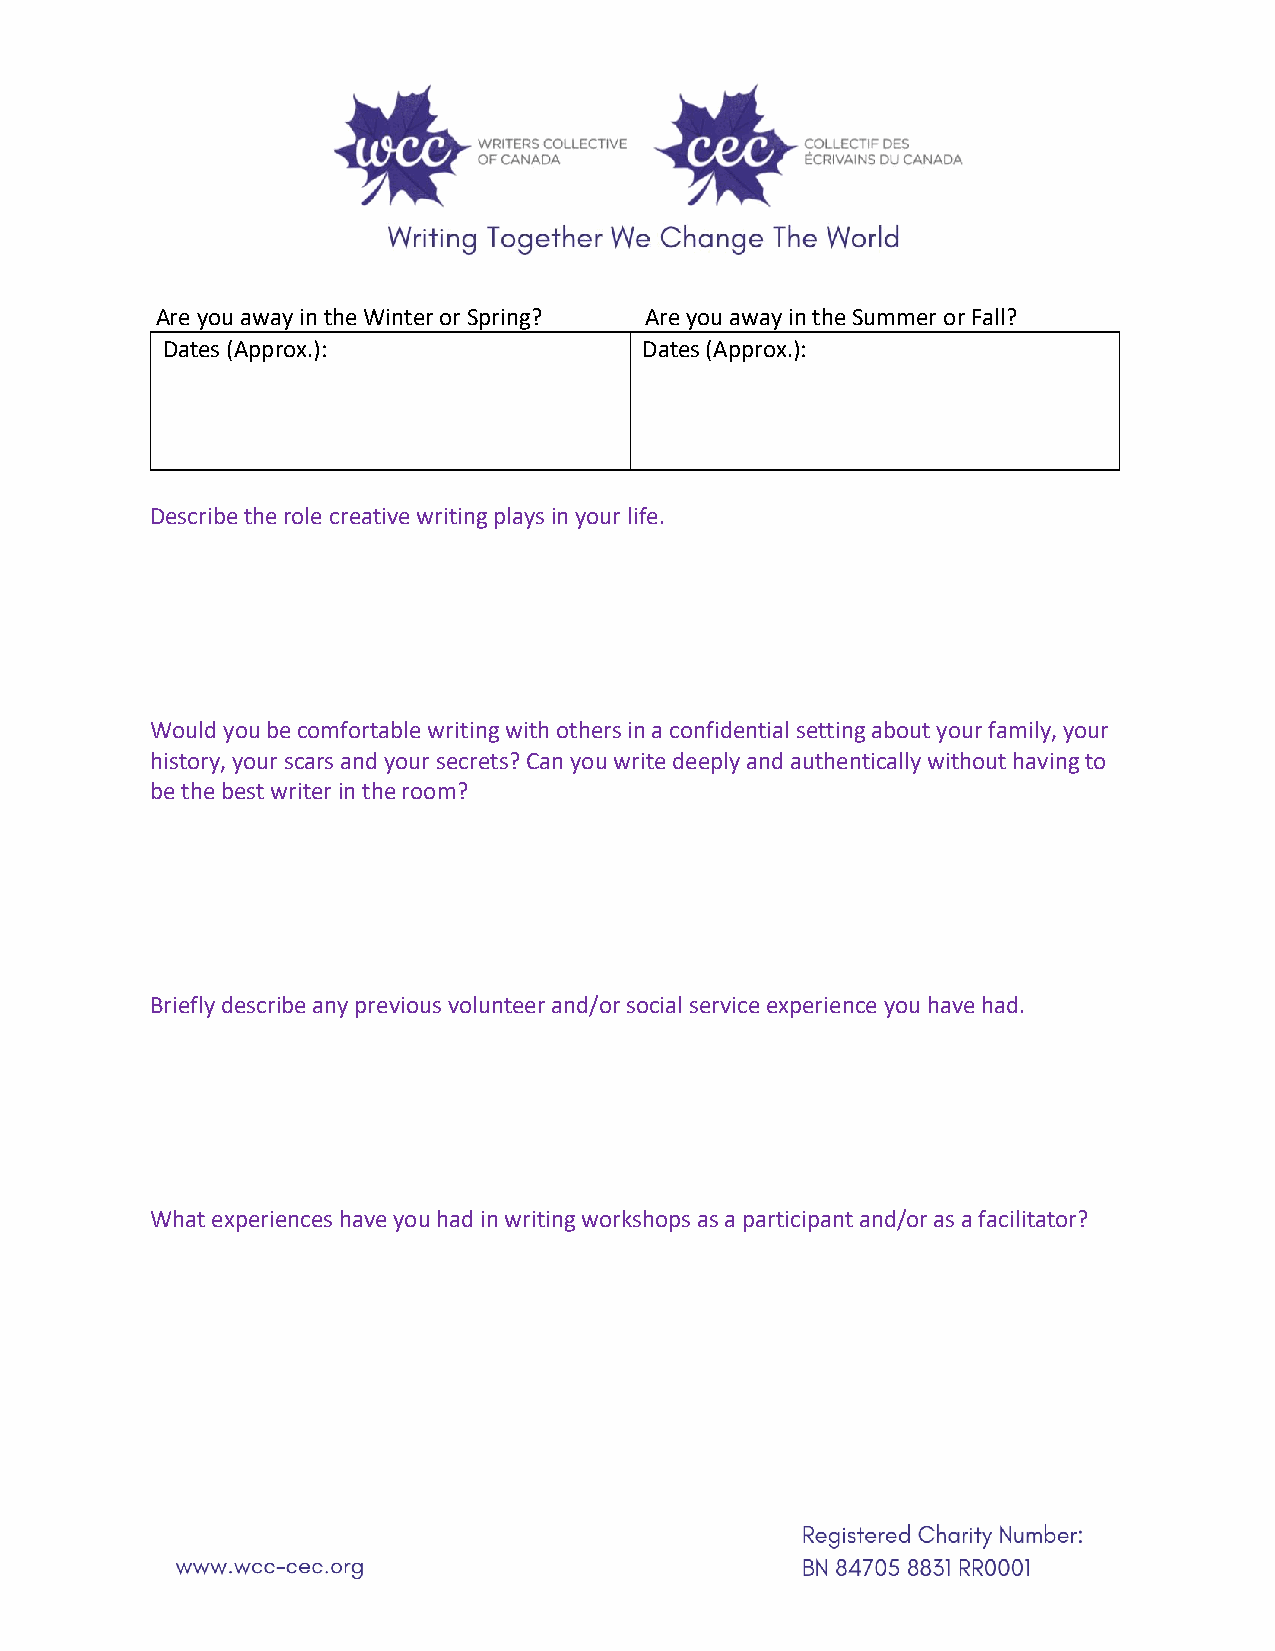
Are you away in the Winter or Spring? Are you away in the Summer or Fall?
 Dates (Approx.):                Dates (Approx.):
 Describe the role creative writing plays in your life.
 Would you be comfortable writing with others in a confidential setting about your family, your
 history, your scars and your secrets? Can you write deeply and authentically without having to
 be the best writer in the room?
 Briefly describe any previous volunteer and/or social service experience you have had.
 What experiences have you had in writing workshops as a participant and/or as a facilitator?